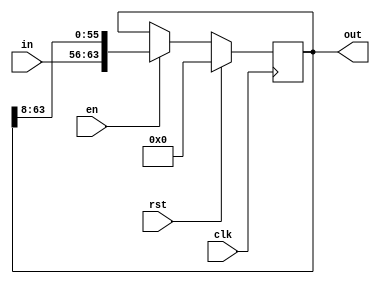
module byte_shifter(clk, in, en, rst, out);
    parameter WIDTH = 8;
    parameter SIZE = 8;

    input clk, en, rst;
    input [WIDTH-1:0] in;
    output reg [WIDTH*SIZE-1:0] out;

    initial begin
        out <= 0;
    end

    always @(posedge clk) begin
        if (rst) out <= 0;
        else begin
            if (en) begin
                out[63:0] <= {in, out[63:8]};
            end
            else out <= out;
        end
    end


endmodule